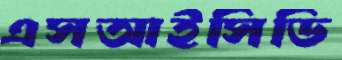
এসআইসিডি